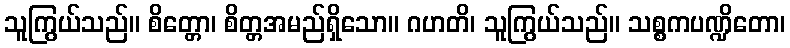
သူကြွယ်သည်။ စိတ္တော၊ စိတ္တအမည်ရှိသော။ ဂဟတိ၊ သူကြွယ်သည်။ သစ္စကပဏ္ဍိတော၊